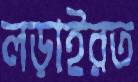
লড়াইরত